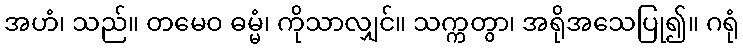
အဟံ၊ သည်။ တမေဝ ဓမ္မံ၊ ကိုသာလျှင်။ သက္ကတွာ၊ အရိုအသေပြု၍။ ဂရုံ